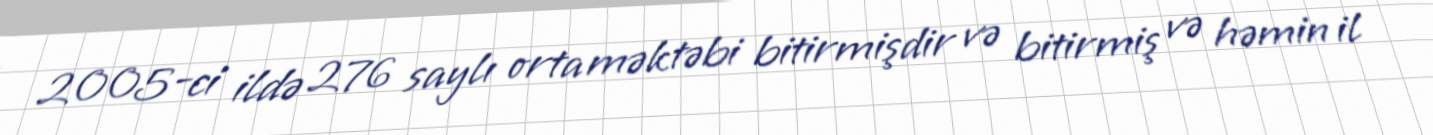
2005-ci ildə 276 saylı orta məktəbi bitirmişdir və bitirmiş və həmin il